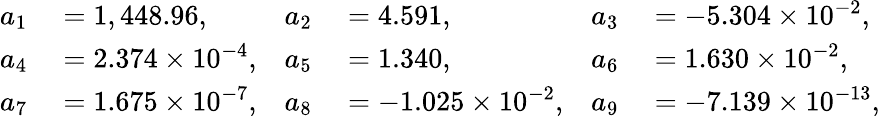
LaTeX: \begin{array}{rlrlrl}{a_{1}}&{{}=1,448.96,}&{a_{2}}&{{}=4.591,}&{a_{3}}&{{}=-5.304\times 10^{-2},}\\ {a_{4}}&{{}=2.374\times 10^{-4},}&{a_{5}}&{{}=1.340,}&{a_{6}}&{{}=1.630\times 10^{-2},}\\ {a_{7}}&{{}=1.675\times 10^{-7},}&{a_{8}}&{{}=-1.025\times 10^{-2},}&{a_{9}}&{{}=-7.139\times 10^{-13},}\end{array}